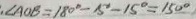
\angle A O B = 1 8 0 ^ { \circ } - 1 5 ^ { \circ } = 1 5 0 ^ { \circ }